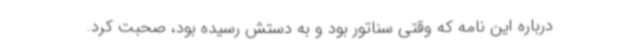
درباره این نامه‌ که وقتی سناتور بود و به دستش رسیده بود، صحبت کرد.